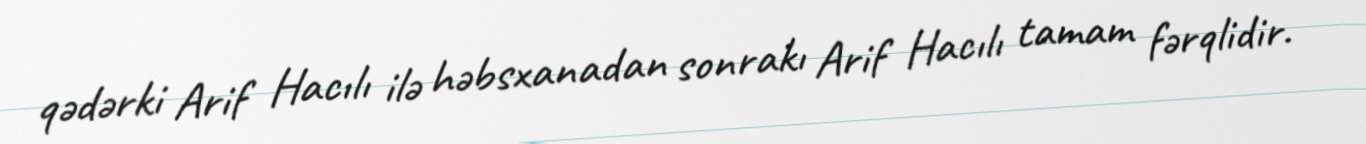
qədərki Arif Hacılı ilə həbsxanadan sonrakı Arif Hacılı tamam fərqlidir.